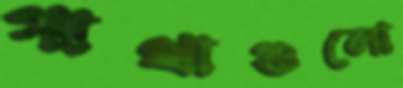
গাথাগুলো